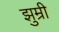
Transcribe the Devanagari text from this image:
झुम्री